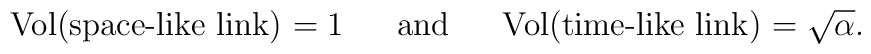
\mbox{ Vol(space-like link)$\ = 1$  \hspace{.4cm} and \hspace{.4cm}  Vol(time-like link)$\ =\sqrt{\alpha }$.}